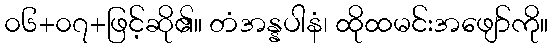
၀၆+၀၇+ဖြင့်ဆို၏။ တံအန္နပါနံ၊ ထိုထမင်းအဖျော်ကို။